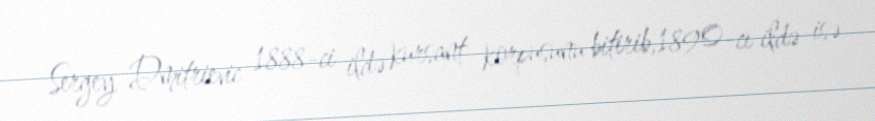
Sergey Dmitrievic 1888-ci ildə kursant korpusunu bitirib,1890-cı ildə isə